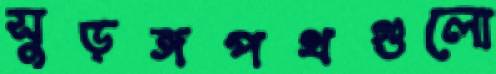
সুড়ঙ্গপথগুলো